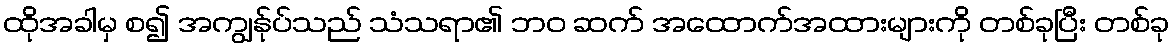
ထိုအခါမှ စ၍ အကျွန်ုပ်သည် သံသရာ၏ ဘဝ ဆက် အထောက်အထားများကို တစ်ခုပြီး တစ်ခု